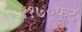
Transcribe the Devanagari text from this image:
४१७०फूट